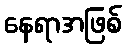
နေရာအဖြစ်